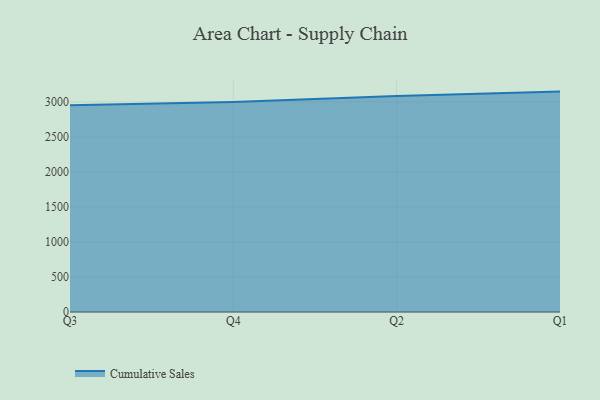
{"axis": {"x": "Quarter", "y": "Shipments"}, "legend": ["Cumulative Sales"], "data": [{"x": "Q3", "y": 2954.0, "type": "Cumulative Sales"}, {"x": "Q4", "y": 2999.3, "type": "Cumulative Sales"}, {"x": "Q2", "y": 3085.9, "type": "Cumulative Sales"}, {"x": "Q1", "y": 3147.2, "type": "Cumulative Sales"}]}